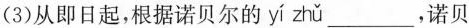
(3)从即日起，根据诺贝尔的yí zhǔ ___，诺贝